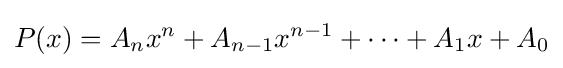
P(x)=A_{n}x^{n}+A_{n-1}x^{n-1}+\cdots +A_{1}x+A_{0}